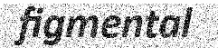
figmental